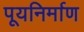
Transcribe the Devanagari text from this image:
पूयनिर्माण